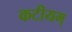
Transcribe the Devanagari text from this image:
कटीयम्